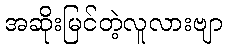
အဆိုးမြင်တဲ့လူလားဗျာ